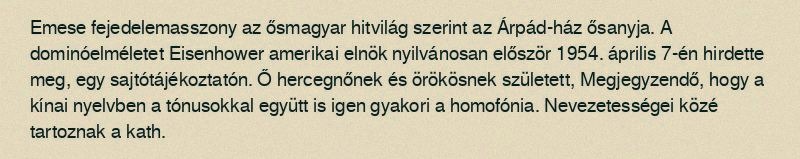
Emese fejedelemasszony az ősmagyar hitvilág szerint az Árpád-ház ősanyja. A dominóelméletet Eisenhower amerikai elnök nyilvánosan először 1954. április 7-én hirdette meg, egy sajtótájékoztatón. Ő hercegnőnek és örökösnek született, Megjegyzendő, hogy a kínai nyelvben a tónusokkal együtt is igen gyakori a homofónia. Nevezetességei közé tartoznak a kath.